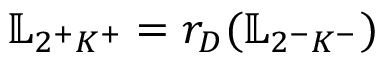
\mathbb { L } _ { 2 ^ { + } K ^ { + } } = r _ { D } ( \mathbb { L } _ { 2 ^ { - } K ^ { - } } )